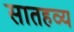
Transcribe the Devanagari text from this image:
सातहव्य